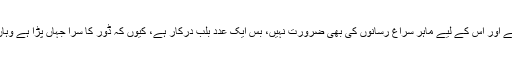
گویا یہ سرا ہمیں خود ہی تلاش کرنا ہے اور اس کے لیے ماہر سراغ رسانوں کی بھی ضرورت نہیں، بس ایک عدد بلب درکار ہے، کیوں کہ ڈور کا سرا جہاں پڑا ہے وہاں جان بوجھ کر اندھیرا کر دیا گیا ہے۔